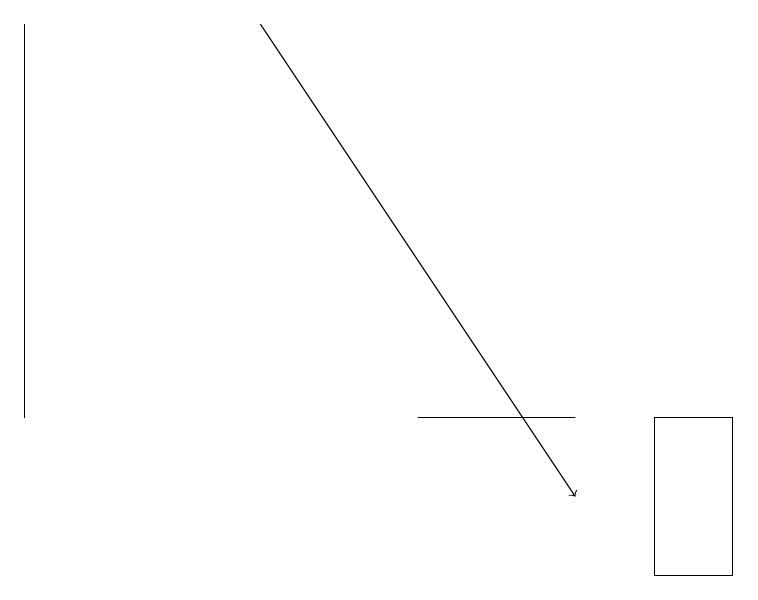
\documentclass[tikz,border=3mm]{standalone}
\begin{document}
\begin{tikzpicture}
\draw (7,12) rectangle (5,12);
\draw (9,10) rectangle (8,12);
\draw (0,12) rectangle (0,17);
\draw[->] (3,17) -- (7,11);
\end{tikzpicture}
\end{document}